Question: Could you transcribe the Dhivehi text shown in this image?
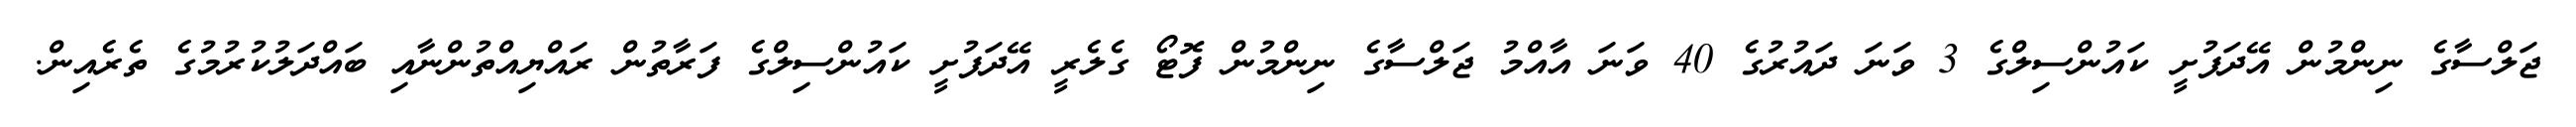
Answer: ޖަލްސާގެ ނިންމުން އޭދަފުށީ ކައުންސިލްގެ 3 ވަނަ ދައުރުގެ 40 ވަނަ އާއްމު ޖަލްސާގެ ނިންމުން ފޮޓޯ ގެލެރީ އޭދަފުށީ ކައުންސިލްގެ ފަރާތުން ރައްޔިއްތުންނާއި ބައްދަލުކުރުމުގެ ތެރެއިން.